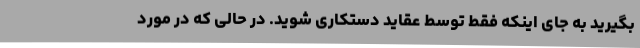
بگیرید به جای اینکه فقط توسط عقاید دستکاری شوید. در حالی که در مورد